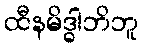
ထီနမိဒ္ဓါဘိဘူ